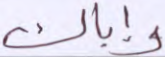
وإياك